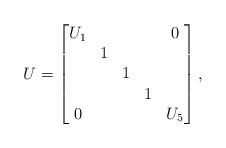
LaTeX: \begin{align*}U = \begin{bmatrix} U_1 & & & & 0 \\ & 1 & & & \\ & & 1 & & \\& & & 1 & \\ 0 & & & & U_5\\ \end{bmatrix},\end{align*}